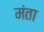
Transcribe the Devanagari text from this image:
मंता